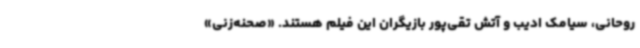
روحانی، سیامک ادیب و آتش تقی‌پور بازیگران این فیلم هستند. «صحنه‌زنی»